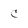
Character: C